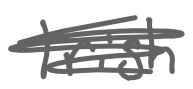
Text: Irish
Cross-out: mix
Writing tool: digital_gray